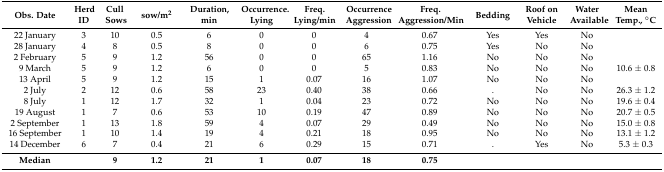
| Obs. Date | Herd ID | Cull Sows | sow/m2 | Duration, min | Occurrence. Lying | Freq. Lying/min | Occurrence Aggression | Freq. Aggression/Min | Bedding | Roof on Vehicle | Water Available | Mean Temp., °C |
 | --- | --- | --- | --- | --- | --- | --- | --- | --- | --- | --- | --- | --- |
 | 22 January | 3 | 10 | 0.5 | 6 | 0 | 0 | 4 | 0.67 | Yes | Yes | No |  |
 | 28 January | 4 | 8 | 0.5 | 8 | 0 | 0 | 6 | 0.75 | Yes | No | No |  |
 | 2 February | 5 | 9 | 1.2 | 56 | 0 | 0 | 65 | 1.16 | No | No | No |  |
 | 9 March | 5 | 9 | 1.2 | 6 | 0 | 0 | 5 | 0.83 | No | No | No | 10.6 ± 0.8 |
 | 13 April | 5 | 9 | 1.2 | 15 | 1 | 0.07 | 16 | 1.07 | No | No | No |  |
 | 2 July | 2 | 12 | 0.6 | 58 | 23 | 0.40 | 38 | 0.66 | . | No | No | 26.3 ± 1.2 |
 | 8 July | 1 | 12 | 1.7 | 32 | 1 | 0.04 | 23 | 0.72 | No | No | No | 19.6 ± 0.4 |
 | 19 August | 1 | 7 | 0.6 | 53 | 10 | 0.19 | 47 | 0.89 | No | No | No | 20.7 ± 0.5 |
 | 2 September | 1 | 13 | 1.8 | 59 | 4 | 0.07 | 29 | 0.49 | No | No | No | 15.0 ± 0.8 |
 | 16 September | 1 | 10 | 1.4 | 19 | 4 | 0.21 | 18 | 0.95 | No | No | No | 13.1 ± 1.2 |
 | 14 December | 6 | 7 | 0.4 | 21 | 6 | 0.29 | 15 | 0.71 | . | Yes | No | 5.3 ± 0.3 |
 | Median |  | 9 | 1.2 | 21 | 1 | 0.07 | 18 | 0.75 |  |  |  |  |